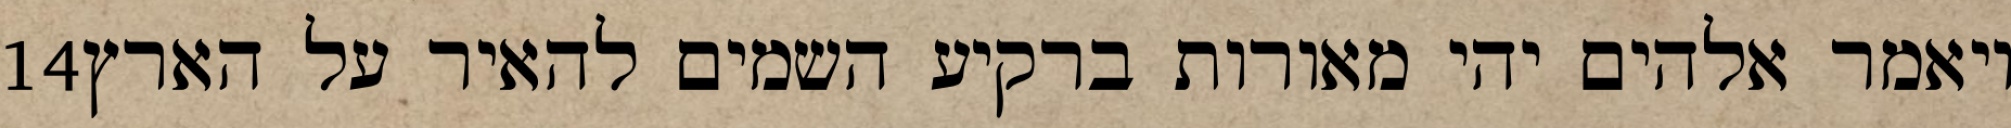
‎14‏ ויאמר אלהים יהי מאורות ברקיע השמים להאיר על הארץ